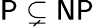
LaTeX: {\mathsf{P}}\subsetneq{\mathsf{NP}}